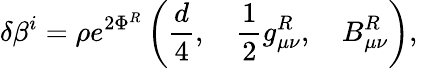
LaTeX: \delta\beta^{i}=\rho e^{2\Phi^{R}}\left(\frac{d}{4},\quad\frac{1}{2}g_{\mu\nu}^{R},\quad B_{\mu\nu}^{R}\right),\,